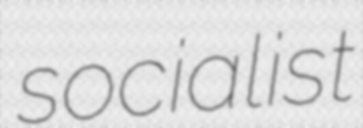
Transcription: socialist